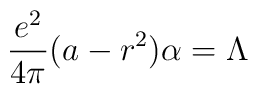
{e^2 \over 4 \pi} (a - r^2) \alpha = \Lambda